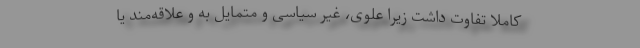
کاملاً تفاوت داشت زیرا علوی، غیر سیاسی و متمایل به و علاقه‌مند یا